Newspaper: Marietta daily leader.
Place of publication: Marietta, Ohio
Publisher: George M. Cooke
Date: 1900-03-31 00:00:00
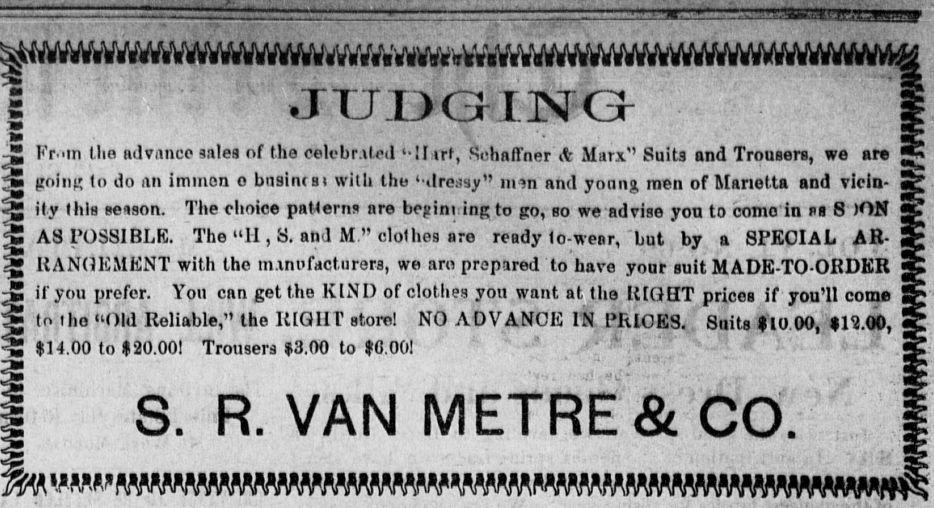
Advertisement text (OCR):
'? i '.' ipwwwvww s Kr.un tlio ndvnnco artlea of tho colobr.tled '-Hirr, flotialTner it Murx'' Suits nnd Trousore, wo are goinn to do an immon o bnsliusi with tho Ktrcuay" nwn nnd yonng men of Marietta nnd vicin ity this eonson. The choice pnHenis nro beginning to go, so weadviso you to contain na 8 JON ASl'OSSIBLK. Tho "II , S. and M clot hog nro ready lo-wenr, but by a SPECIAL AR liANOKMKNT with tho manufacturers, wo nro prepared to have your suit MADE-TO-ORDKR if you prefer. Ypu enn get tho KIND of clothes you wnnt at tho IttQHT prices if you'll come to tlio "Old Holiaule," Uio lUUill' storol JNU AUV ANU1S lW.,liIiIOESv SuitsiftO.OOl.OO; $14.00 to $20,001 Trousers $3.00 to $0,001 : S. R. VAN METRe&CO'. 'mfmmmmjmmmmmmmmmmmmmmmw', JUlKatliN'Q - '
Label: text-only